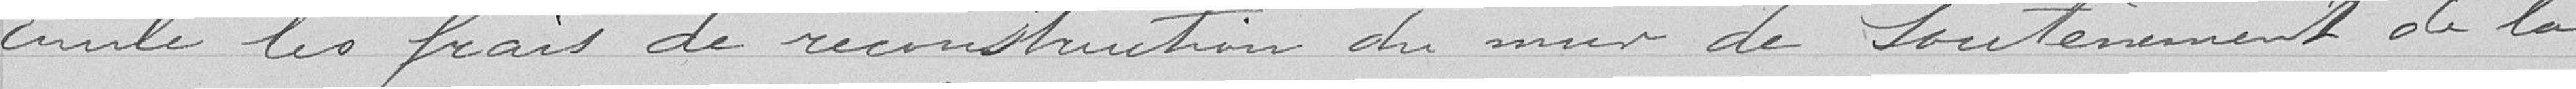
Émile les frais de reconstitution du mur de soutènement de la